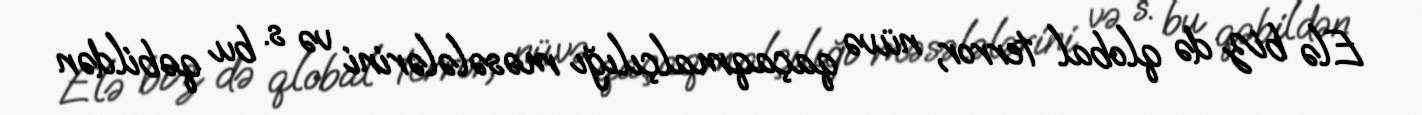
Elə biz də qlobal terror, nüvə qaçaqmalçılığı məsələlərini və s. bu qəbildən